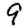
Digit: 9